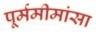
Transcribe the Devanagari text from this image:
पूर्ममीमांसा